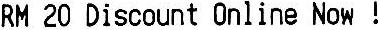
RM 20 DISCOUNT ONLINE NOW !